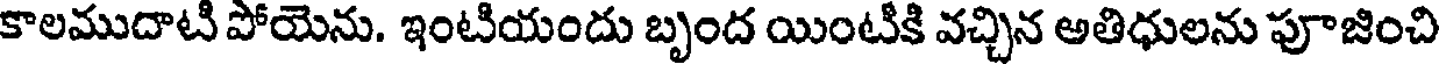
కాలముదాటి పోయెను. ఇంటియందు బృంద యింటికి వచ్చిన అతిధులను పూజించి